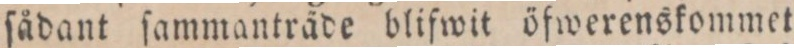
ſådant ſammanträde blifwit öfwerenskommet